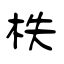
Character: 枎